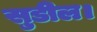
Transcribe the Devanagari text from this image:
सुडील।